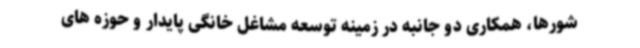
شورها، همکاری دو جانبه در زمینه توسعه مشاغل خانگی پایدار و حوزه های